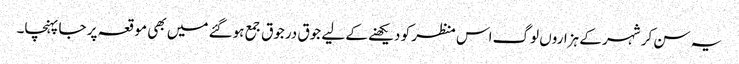
یہ سن کر شہر کے ہزاروں لوگ اس منظر کو دیکھنے کے لیے جوق درجوق جمع ہوگئے میں بھی موقعہ پر جا پہنچا۔